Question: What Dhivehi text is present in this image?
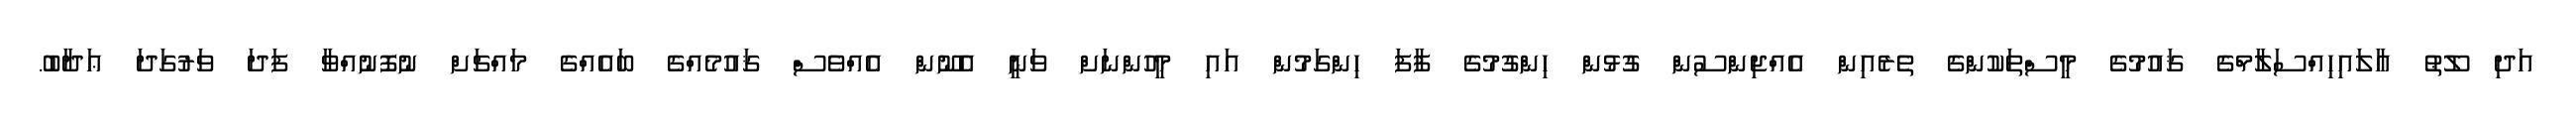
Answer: އަދި ލޫޠު ޢާލައިހިއްސަލާމްގެ ޤައުމުގެ މީސްތަކުންގެ ތެރެއިން އެއްޖިންސުން ގުޅުން ހިންގުމުގެ ފާފަ ހިންގަމުން އައި މީހުންނަށް ވަނީ އެނޫން އެއްވެސް ޤައުމެއްގެ ބައެއްގެ މައްޗަށް ނުފޮނުއްވާ ފަދަ ވަރުގަދަ ޢަޛާބު.